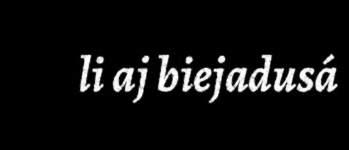
li aj biejadusá